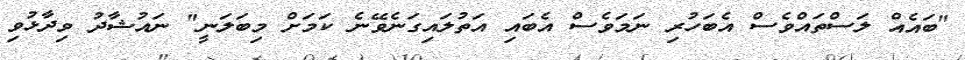
"ބައެއް ލަސްތައްވެސް އެބަހުރި ނަމަވެސް އެބައި އަތުލައިގަނެވޭނެ ކަމަށް މިބަލަނީ" ނައުޝާދު ވިދާޅުވި